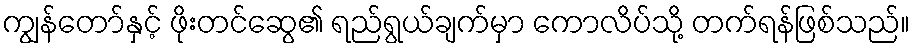
ကျွန်တော်နှင့် ဖိုးတင်ဆွေ၏ ရည်ရွယ်ချက်မှာ ကောလိပ်သို့ တက်ရန်ဖြစ်သည်။